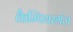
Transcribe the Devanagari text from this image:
कैम्पियरगंज